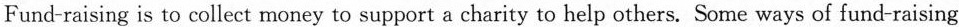
Fund-raising is to collect money to support a charity to help others. Some ways of fund-raising